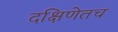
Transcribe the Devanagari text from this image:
दक्षिणेतच